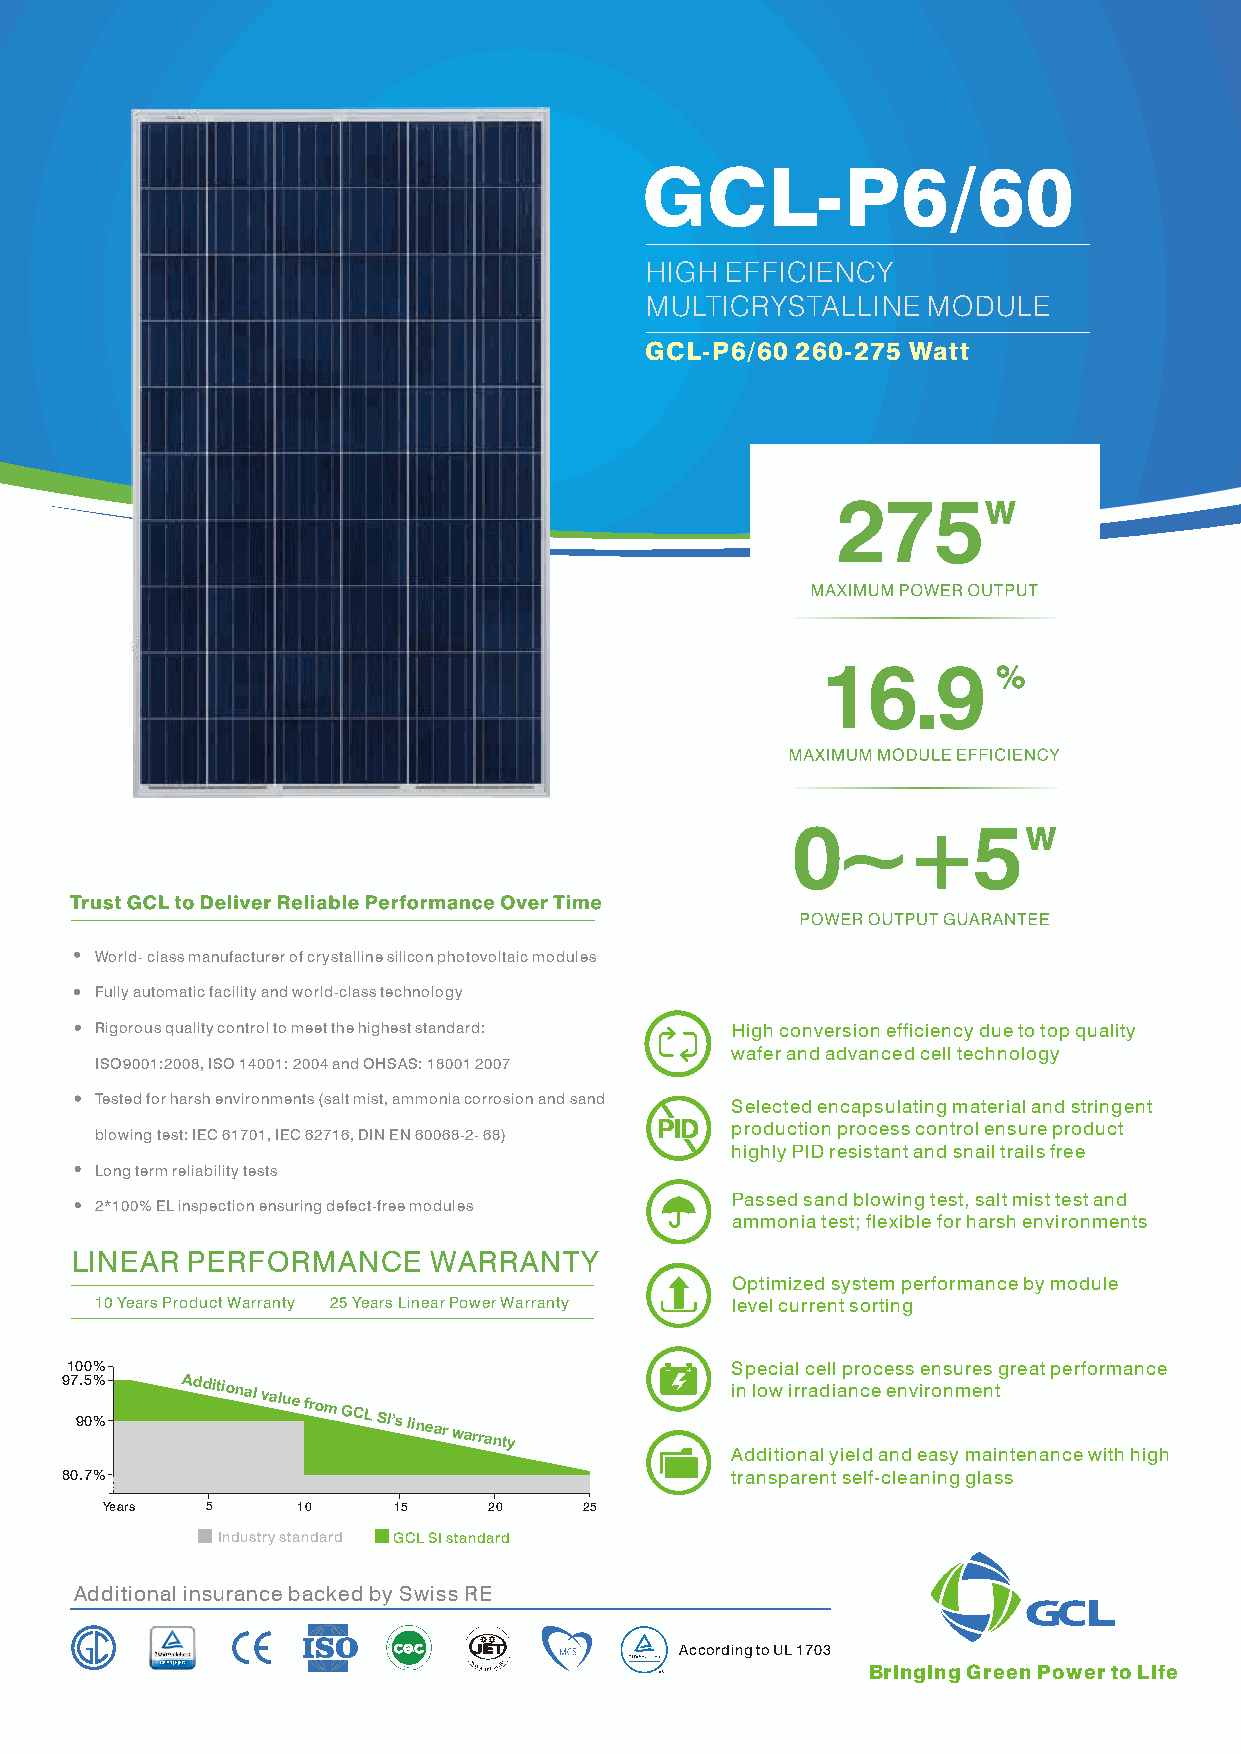
GCL-P6/60
 HIGH EFFICIENCY
 MULTICRYSTALLINE  MODULE
 GCL-P6/60 260-275 Watt
 275
 16.9
 0~+5
 World- class manufacturer of crystalline silicon photovoltaic modules
 Fully automatic facility and world-class technology
 Rigorous quality control to meet the highest standard: High conversion efficiency due to top quality
 wafer and advanced cell technology
 ISO9001:2008, ISO 14001: 2004 and OHSAS: 18001 2007
 Tested for harsh environments (salt mist, ammonia corrosion and sand Selected encapsulating material and stringent
 production process control ensure product
 blowing test: IEC 61701, IEC 62716, DIN EN 60068-2- 68)
 highly PID resistant and snail trails free
 Long term reliability tests
 Passed sand blowing test, salt mist test and
 2*100% EL inspection ensuring defect-free modules
 ammonia test; flexible for harsh environments
 LINEAR PERFORMANCE     WARRANTY
 Optimized system performance by module
 10 Years Product Warranty 25 Years Linear Power Warranty level current sorting
 100%                                        Special cell process ensures great performance
 97 9. 05 %% Additional
 value
 from
 GCL
 SI’s linear
 warranty
 in low irradiance environment
 Additional yield and easy maintenance with high
 80.7%                                       transparent self-cleaning glass
 Years  5     10    15    20     25
 Industry standard GCL SI standard
 Additional insurance backed by Swiss RE
 Accordingto UL 1703
 Bringing Green Power to Life